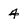
Character: 4